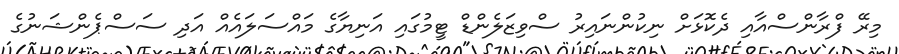
މިރޭ ފްރާންސްއާއި ދެކޮޅަށް ނިކުންނައިރު ސްވިޒަލެންޑް ޓީމުގައި އަނިޔާގެ މައްސަލައެއް އަދި ސަސްޕެންޝަނުގެ